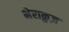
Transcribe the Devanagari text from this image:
भेराक्रुज़